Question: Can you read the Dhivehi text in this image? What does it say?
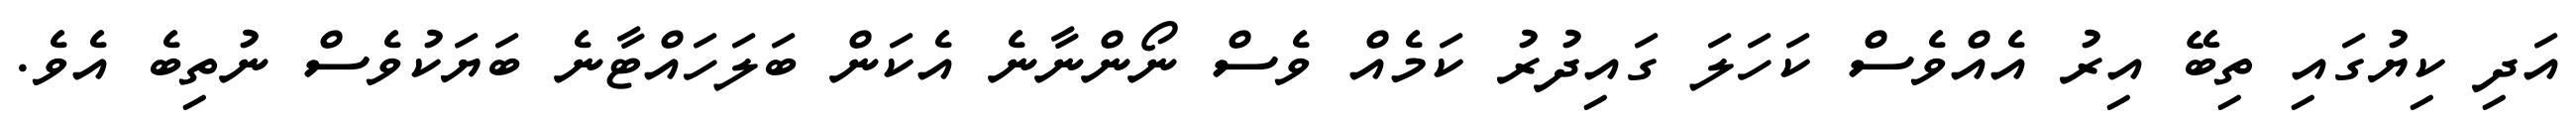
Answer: އަދި ކިޔުގައި ތިބޭ އިރު އެއްވެސް ކަހަލަ ގައިދުރު ކަމެއް ވެސް ނޯންނާނެ އެކަން ބަލަހައްޓާނެ ބަޔަކުވެސް ނުތިބެ އެވެ.